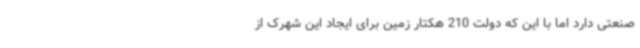
صنعتی دارد اما با این که دولت 210 هکتار زمین برای ایجاد این شهرک از